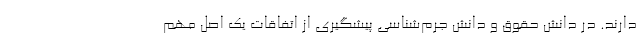
دارند. در دانش حقوق و دانش جرم‌شناسی پیشگیری از اتفاقات یک اصل مهم